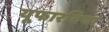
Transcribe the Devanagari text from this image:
यूफारबिया